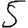
Digit: 5